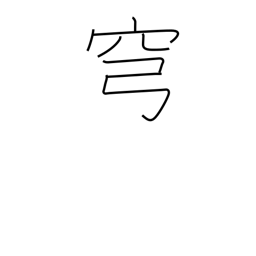
Meaning: sky